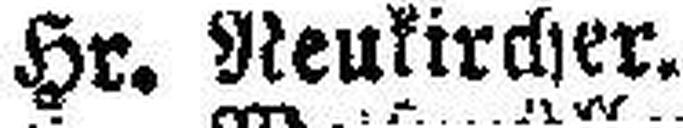
Hr. Neukircher.